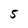
Character: 5